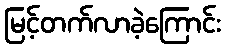
မြင့်တက်လာခဲ့ကြောင်း